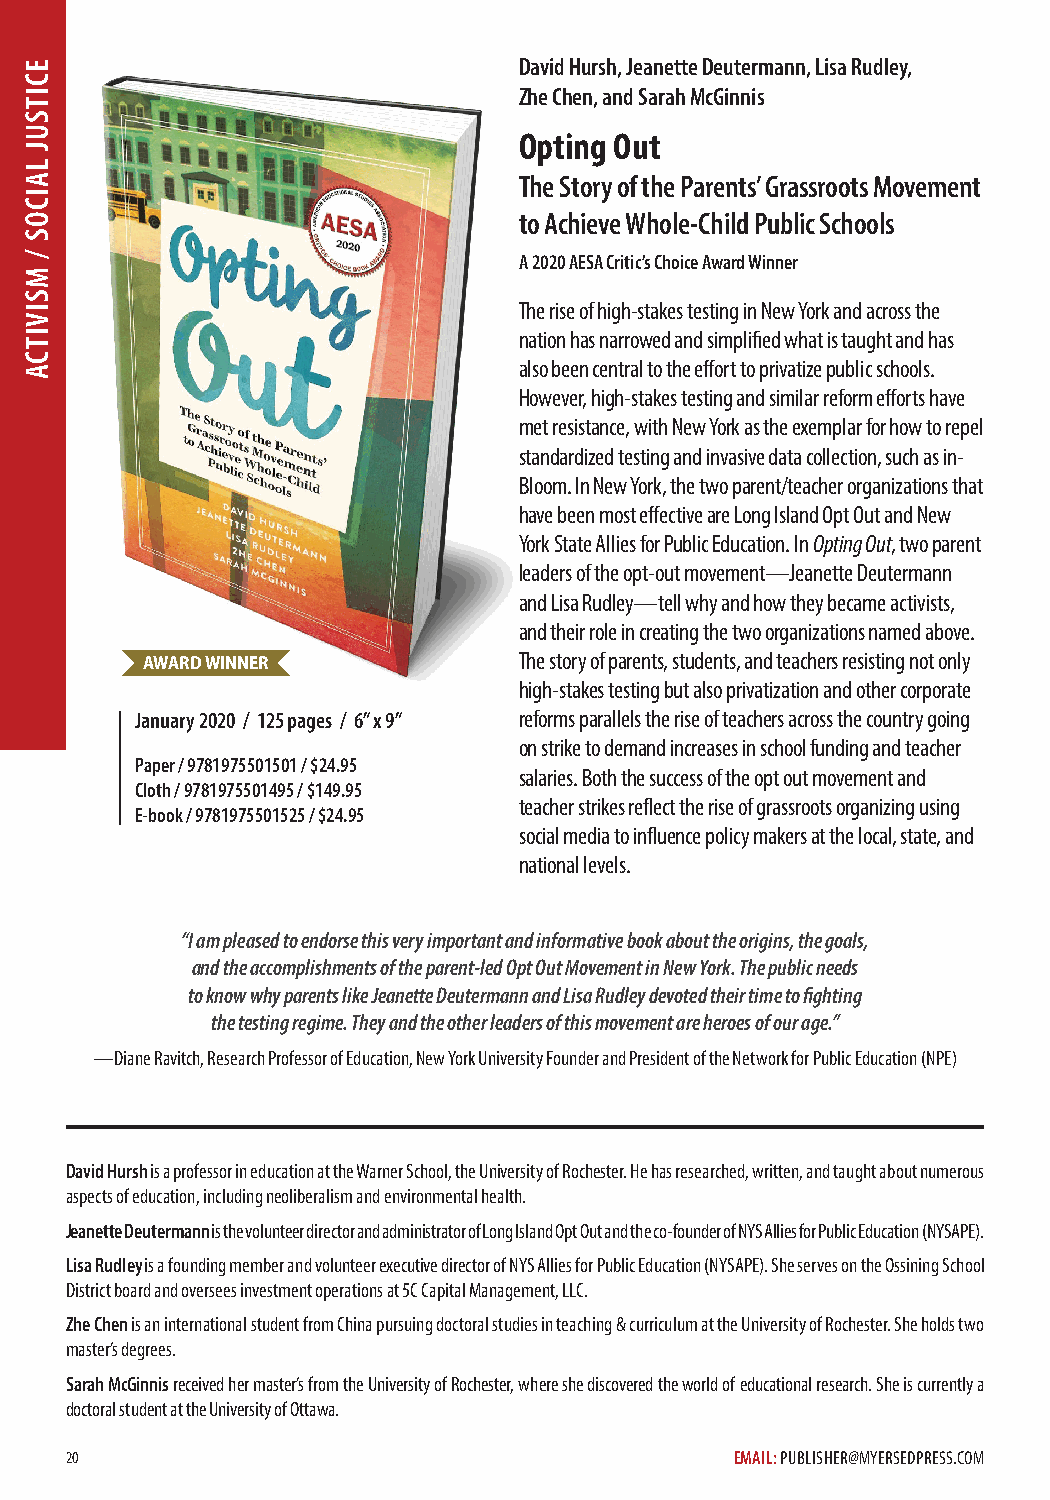
David Hursh, Jeanette Deutermann, Lisa Rudley,
 Zhe Chen, and Sarah McGinnis
 Opting Out
 The Story of the Parents’ Grassroots Movement
 to Achieve Whole-Child Public Schools
 A 2020 AESA Critic’s Choice Award Winner
 The rise of high-stakes testing in New York and across the
 nation has narrowed and simplified what is taught and has
 also been central to the effort to privatize public schools.
 However, high-stakes testing and similar reform efforts have
 met resistance, with New York as the exemplar for how to repel
 standardized testing and invasive data collection, such as in-
 Bloom. In New York, the two parent/teacher organizations that
 have been most effective are Long Island Opt Out and New
 York State Allies for Public Education. In Opting Out, two parent
 leaders of the opt-out movement—Jeanette Deutermann
 and Lisa Rudley—tell why and how they became activists,
 and their role in creating the two organizations named above.
 AWARD WINNER             The story of parents, students, and teachers resisting not only
 high-stakes testing but also privatization and other corporate
 January 2020 / 125 pages / 6” x 9” reforms parallels the rise of teachers across the country going
 on strike to demand increases in school funding and teacher
 Paper / 9781975501501 / $24.95
 salaries. Both the success of the opt out movement and
 Cloth / 9781975501495 / $149.95
 teacher strikes reflect the rise of grassroots organizing using
 E-book / 9781975501525 / $24.95
 social media to influence policy makers at the local, state, and
 national levels.
 “I am pleased to endorse this very important and informative book about the origins, the goals,
 and the accomplishments of the parent-led Opt Out Movement in New York. The public needs
 to know why parents like Jeanette Deutermann and Lisa Rudley devoted their time to fighting
 the testing regime. They and the other leaders of this movement are heroes of our age.”
 —Diane Ravitch, Research Professor of Education, New York University Founder and President of the Network for Public Education (NPE)
 David Hursh is a professor in education at the Warner School, the University of Rochester. He has researched, written, and taught about numerous
 aspects of education, including neoliberalism and environmental health.
 Jeanette Deutermann is the volunteer director and administrator of Long Island Opt Out and the co-founder of NYS Allies for Public Education (NYSAPE).
 Lisa Rudley is a founding member and volunteer executive director of NYS Allies for Public Education (NYSAPE). She serves on the Ossining School
 District board and oversees investment operations at 5C Capital Management, LLC.
 Zhe Chen is an international student from China pursuing doctoral studies in teaching & curriculum at the University of Rochester. She holds two
 master’s degrees.
 Sarah McGinnis received her master’s from the University of Rochester, where she discovered the world of educational research. She is currently a
 doctoral student at the University of Ottawa.
 20                                           EMAIL: PUBLISHER@MYERSEDPRESS.COM
 ECITSUJ
 LAICOS
 /
 MSIVITCA